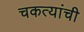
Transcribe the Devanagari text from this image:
चकत्यांची